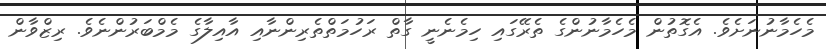
މެހެމާނުނަށެވެ. އެގޮތުން މެހެމާނުންގެ ތެރޭގައި ހިމެނެނީ ގާތް ރަހުމަތްތެރިންނާއި އާއިލާގެ މެމްބަރުންނެވެ. ރިޒްވާން